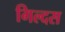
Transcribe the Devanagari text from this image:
गिल्दस